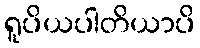
ရူပိယပါတိယာပိ